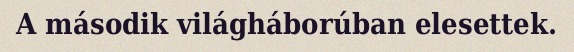
A második világháborúban elesettek.